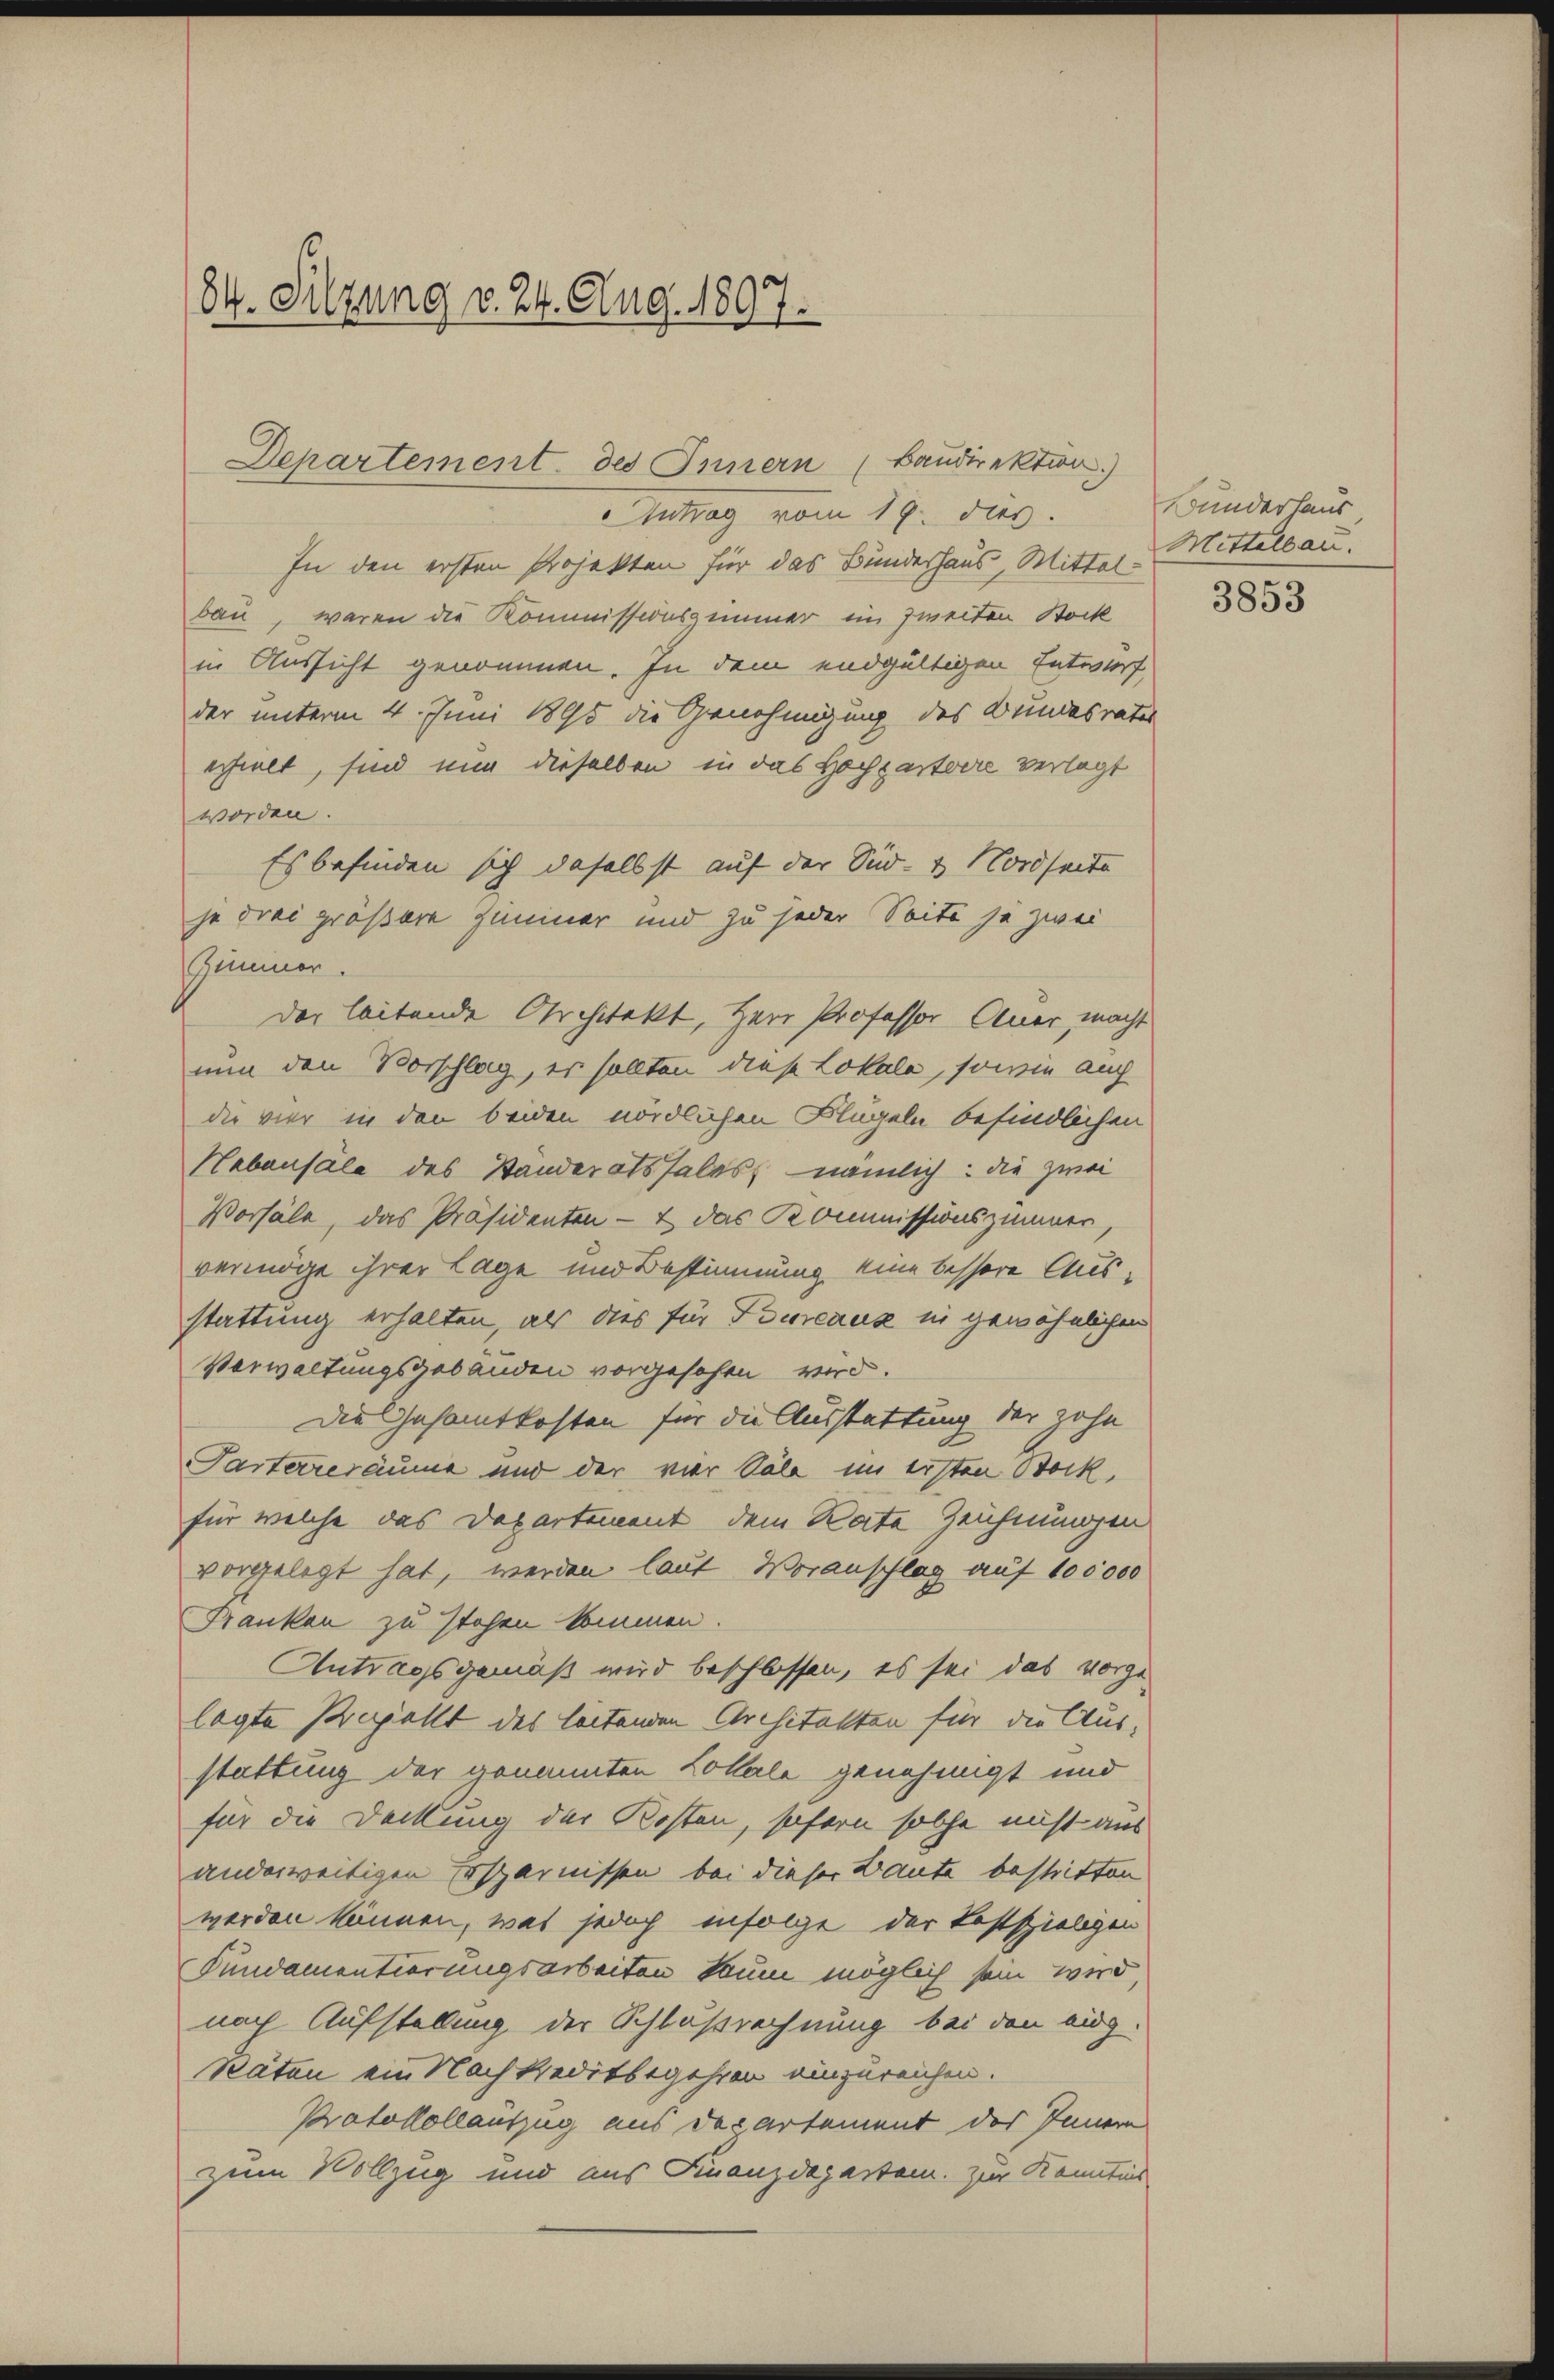
84. Sitzung v. 24. Aug. 1897.

Departement des Innern (Baudirektion)

Antrag vom 17. dies
In den ersten Projekten für das Bundeshaus, Mittel Mittelbau.
bau, waren die Kommissionszimmer im zweiten Stock
in Aussicht genommen. In dem endgültigen Entwurf,
der unterm 4. Juni 1895 die Genehmigung des Bundesrates
erhielt, sind nun dieselben in das Hochzertoire verlegt
worden.
Es befinden sich daselbst auf der Süd- & Nordseite
je drei größere Zimmer und zu jeder Seite ja zwei
Zimmer.
der leitende Architekt, Herr Professor Auer, macht
nun den Vorschlag, es sollten diese Lokale, sowie auch
die vier in den beiden nördlichen Klugeln befindlichen
Hebensäle des Standeratssales nämlich: die zwei
Vorsäle, das Präsidenten – & das Kommissionszimmer,
vermöge ihrer Lage und Bestimmung eine bessere Ausstattung erhalten, als dies für Bureaus in gewöhnlichen
Verwaltungsgebäuden vorgesehen wird.
Die Gesamtkosten für die Ausstattung der zohn
Parterreräume und der vier Säle im ersten Bock,
für welche das Departement dem Rate Zeichnungen
vorgelegt hat, werden laut Voranschlag auf 100000
Franken zu stehen kommen.
Antragsgemäß wird beschlossen, es sei das vorge-
lagte Bejaht des leitenden Architekten für die Aus-
stattung der genannten Collale genehmigt und
für die Deckung der Kosten, sofern solche nicht aus
anderweitigen Ersparnissen bei dieser Baute bestritten
werden können, was jedoch infolge der kostspieligen
Fundamentierungsarbeiten kaum möglich sein wird,
nach Aufstellung der Schlußrechnung bei den eing
Räten ein Nachkreditbegehren einzureichen.
Protokollauszug aus Departement das Innern
zum Vollzug und aus Finanzdepartem zur Kenntnis

Bunderhaus
3853